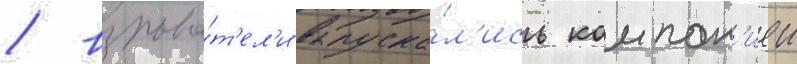
/ взрыва́т'ел'и выпуска́л'ись компан'иеи